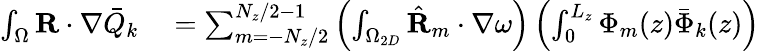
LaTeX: \begin{array}{rl}{\int_{\Omega}\textbf{R}\cdot\nabla\bar{Q}_{k}}&{{}=\sum_{m=-N_{z}/2}^{N_{z}/2-1}\left(\int_{\Omega_{2D}}\hat{\textbf{R}}_{m}\cdot\nabla\omega\right)\left(\int_{0}^{L_{z}}\Phi_{m}(z)\bar{\Phi}_{k}(z)\right)}\end{array}